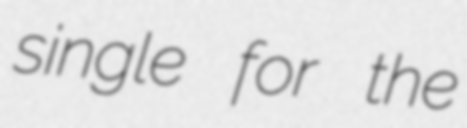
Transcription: single for the